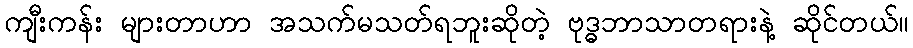
ကျီးကန်း များတာဟာ အသက်မသတ်ရဘူးဆိုတဲ့ ဗုဒ္ဓဘာသာတရားနဲ့ ဆိုင်တယ်။